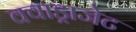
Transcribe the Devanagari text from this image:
क्वाड्राजेट